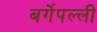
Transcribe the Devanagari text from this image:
बर्गेपल्ली